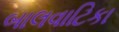
બાલવાટિકા